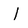
Character: I